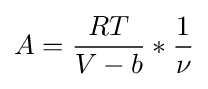
A={\frac {RT}{V-b}}*{\frac {1}{\nu }}